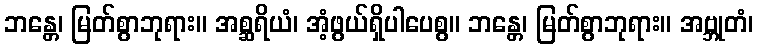
ဘန္တေ၊ မြတ်စွာဘုရား။ အစ္ဆရိယံ၊ အံ့ဖွယ်ရှိပါပေစွ။ ဘန္တေ၊ မြတ်စွာဘုရား။ အဗ္ဘုတံ၊